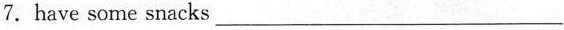
7. have some snacks___